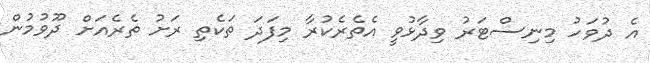
އެ ދުވަހު މިނިސްޓަރު ވިދާޅުވީ އެތެރެކުރާ މިފަދަ ތަކެތި ރަށު ތެރެއަށް ދޫވުމުން